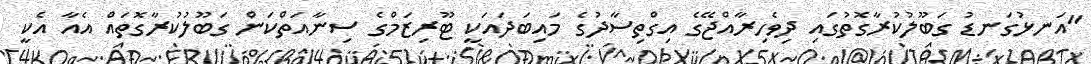
"އަނޅުގަނޑު ގަބޫލުކުރާގޮތުގައި ދިވެހިރާއްޖޭގެ އިގްތިސާދުގެ މައިބަދައަކީ ޓޫރިޒަމްގެ ސިނާއަތްކަން ގަބޫލުކުރާގޮތައް އެއާ އެކީ